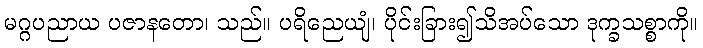
မဂ္ဂပညာယ ပဇာနတော၊ သည်။ ပရိညေယျံ၊ ပိုင်းခြား၍သိအပ်သော ဒုက္ခသစ္စာကို။